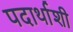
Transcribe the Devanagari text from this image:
पदार्थाशी